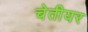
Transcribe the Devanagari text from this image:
चेतीयर